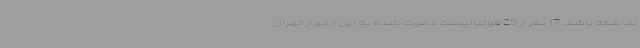
نداشته باشد. 17 نفر از 25 فوتبالیست دعوت شده به این اردو از تهران